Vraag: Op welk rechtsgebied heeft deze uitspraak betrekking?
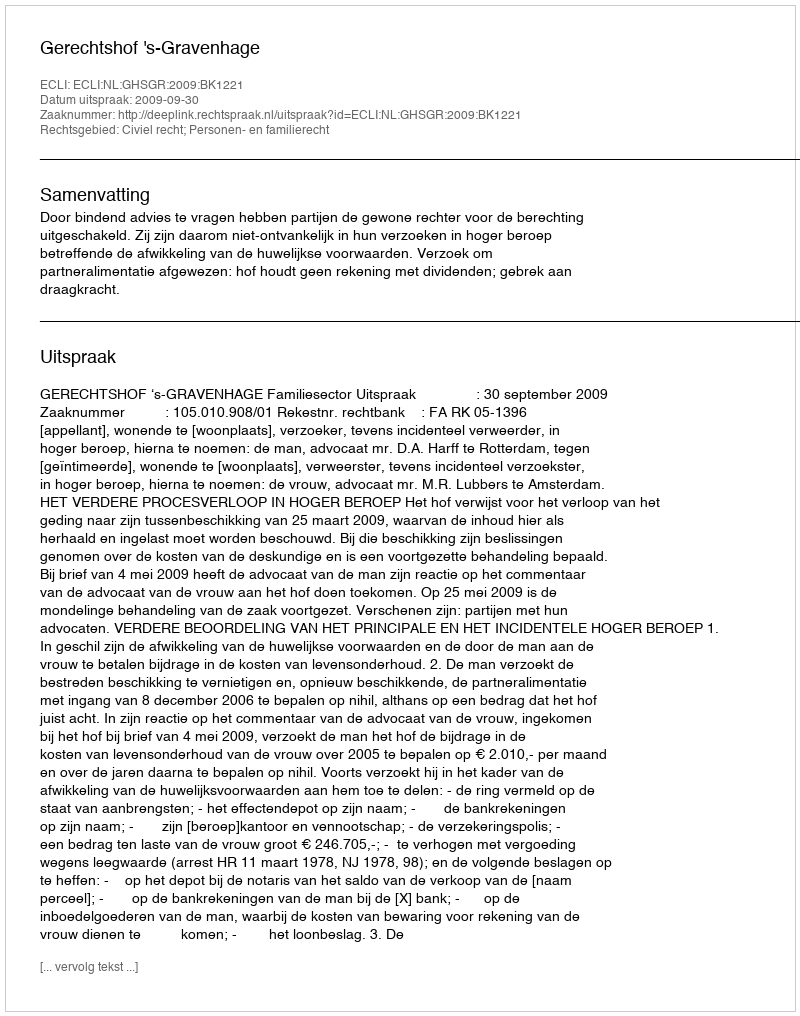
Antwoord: Civiel recht; Personen- en familierecht